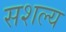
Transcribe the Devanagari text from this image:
सशल्य